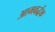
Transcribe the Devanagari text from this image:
आमवर्द्धक